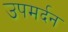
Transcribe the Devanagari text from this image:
उपमर्दन